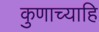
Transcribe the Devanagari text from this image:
कुणाच्याहि